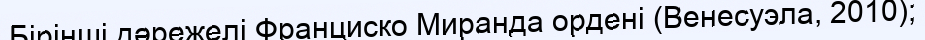
Бірінші дәрежелі Франциско Миранда ордені (Венесуэла, 2010);